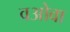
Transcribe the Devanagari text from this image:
वओवा